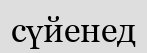
сүйенед